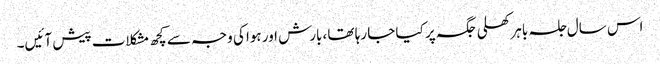
اس سال جلسہ باہر کھلی جگہ پر کیا جا رہا تھا ،بارش اور ہوا کی وجہ سے کچھ مشکلات پیش آئیں۔